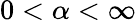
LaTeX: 0<\alpha<\infty